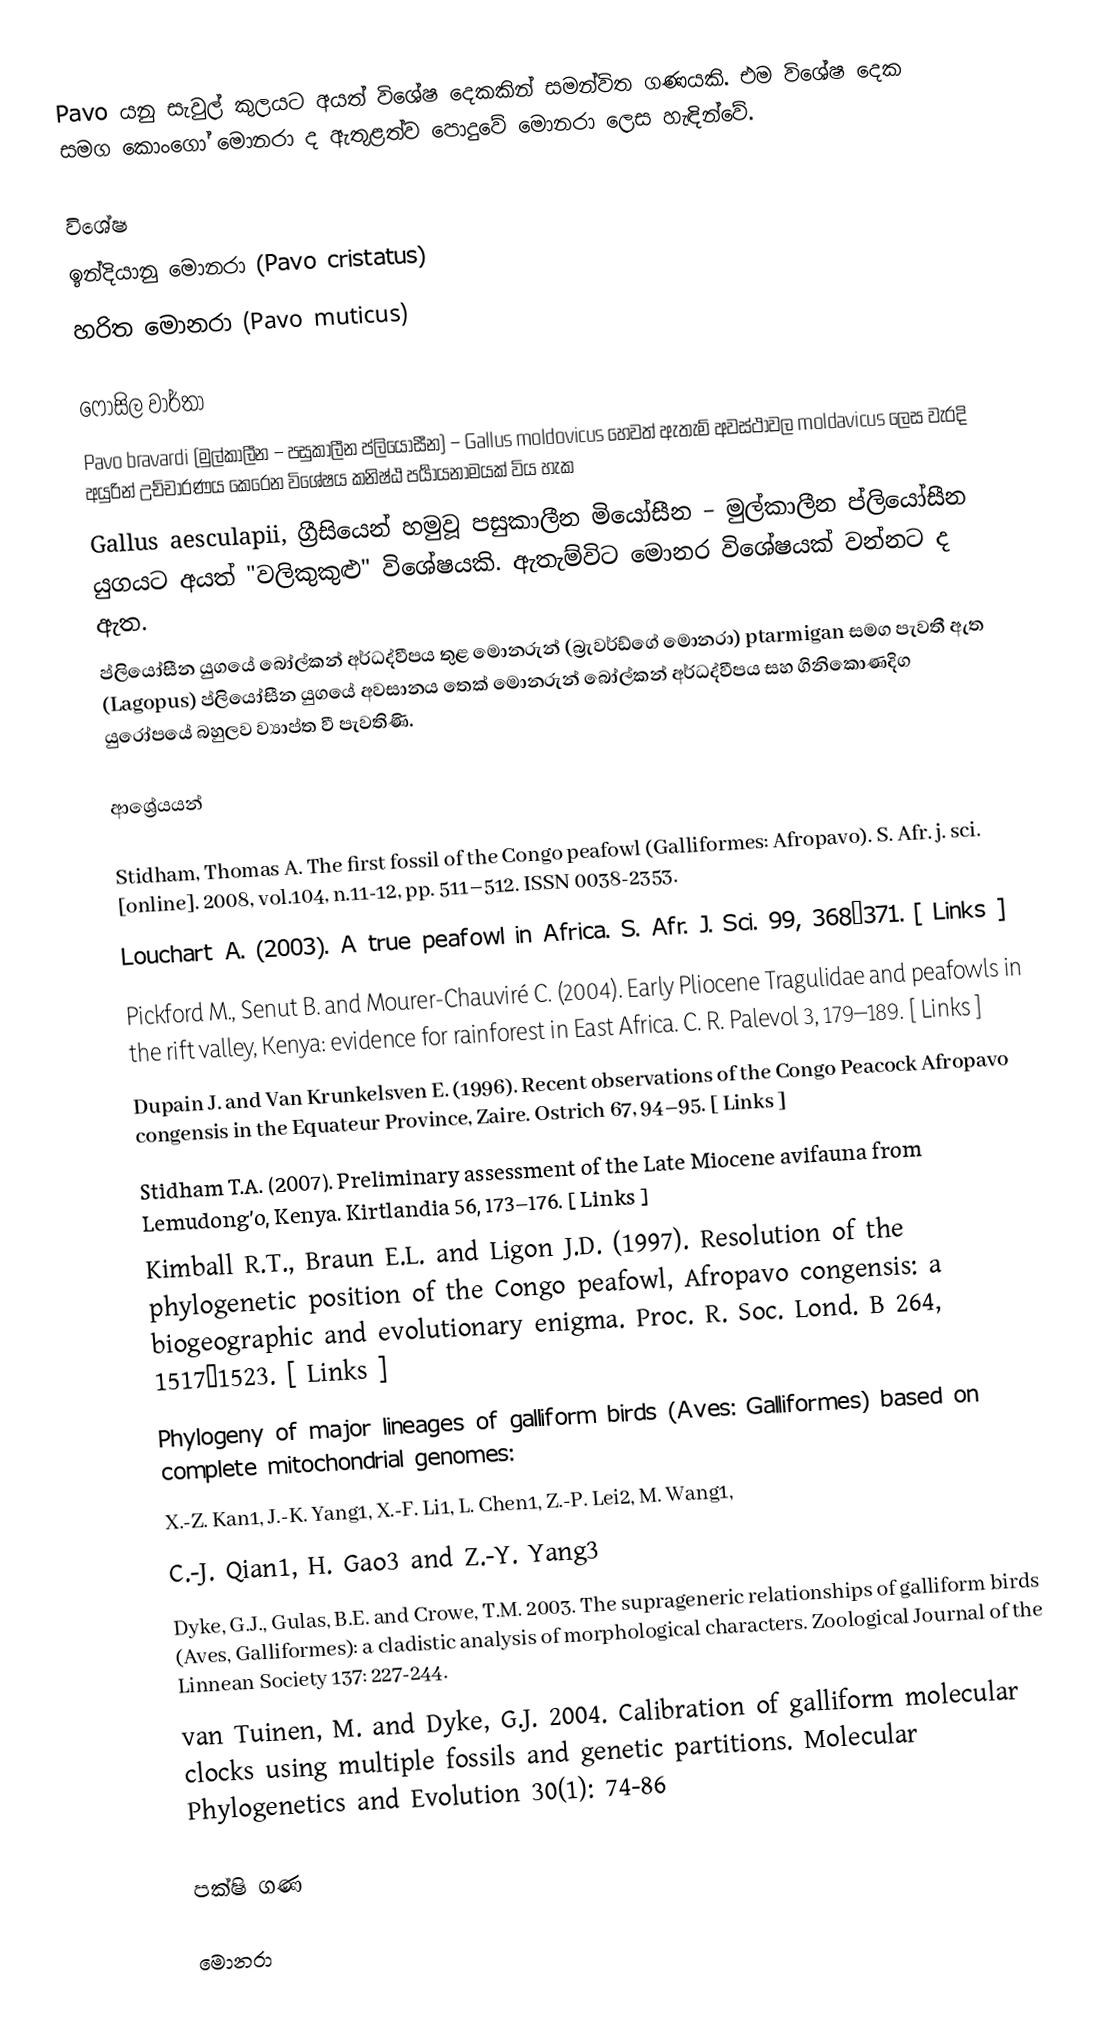
Pavo යනු සැවුල් කුලයට අයත් විශේෂ දෙකකින් සමන්විත ගණයකි. එම විශේෂ දෙක සමග කොංගෝ මොනරා ද ඇතුළත්ව පොදුවේ මොනරා ලෙස හැඳින්වේ.

විශේෂ
 ඉන්දියානු මොනරා (Pavo cristatus)
 හරිත මොනරා (Pavo muticus)

ෆොසිල වාර්තා
 Pavo bravardi (මුල්කාලීන – පසුකාලීන ප්ලියෝසීන) – Gallus moldovicus හෙවත් ඇතැම් අවස්ථාවල moldavicus ලෙස වැරදි අයුරින් උච්චාරණය කෙ‍රෙන විශේෂය කනිෂ්ඨ පර්‍යායනාමයක් විය හැක
 Gallus aesculapii, ග්‍රීසියෙන් හමුවූ පසුකාලීන මියෝසීන – මුල්කාලීන ප්ලියෝසීන යුගයට අයත් "වලිකුකුළු" විශේෂයකි. ඇතැම්විට මොනර විශේෂයක් වන්නට ද ඇත.
ප්ලියෝසීන යුගයේ බෝල්කන් අර්ධද්වීපය තුළ මොනරුන් (බ්‍රැවර්ඩ්ගේ මොනරා) ptarmigan සමග පැවතී ඇත (Lagopus) ප්ලියෝසීන යුගයේ අවසානය තෙක් මොනරුන් බෝල්කන් අර්ධද්වීපය සහ ගිනිකොණදිග යුරෝපයේ බහුලව ව්‍යාප්ත වී පැවතිණි.

ආශ්‍රේයයන්

 Stidham, Thomas A. The first fossil of the Congo peafowl (Galliformes: Afropavo). S. Afr. j. sci. [online]. 2008, vol.104, n.11-12, pp. 511–512. ISSN 0038-2353.
 Louchart A. (2003). A true peafowl in Africa. S. Afr. J. Sci. 99, 368–371. [ Links ]
 Pickford M., Senut B. and Mourer-Chauviré C. (2004). Early Pliocene Tragulidae and peafowls in the rift valley, Kenya: evidence for rainforest in East Africa. C. R. Palevol 3, 179–189. [ Links ]
 Dupain J. and Van Krunkelsven E. (1996). Recent observations of the Congo Peacock Afropavo congensis in the Equateur Province, Zaire. Ostrich 67, 94–95. [ Links ]
 Stidham T.A. (2007). Preliminary assessment of the Late Miocene avifauna from Lemudong'o, Kenya. Kirtlandia 56, 173–176. [ Links ]
 Kimball R.T., Braun E.L. and Ligon J.D. (1997). Resolution of the phylogenetic position of the Congo peafowl, Afropavo congensis: a biogeographic and evolutionary enigma. Proc. R. Soc. Lond. B 264, 1517–1523. [ Links ]
 Phylogeny of major lineages of galliform birds (Aves: Galliformes) based on complete mitochondrial genomes:
 X.-Z. Kan1, J.-K. Yang1, X.-F. Li1, L. Chen1, Z.-P. Lei2, M. Wang1,
 C.-J. Qian1, H. Gao3 and Z.-Y. Yang3
 Dyke, G.J., Gulas, B.E. and Crowe, T.M. 2003. The suprageneric relationships of galliform birds (Aves, Galliformes): a cladistic analysis of morphological characters. Zoological Journal of the Linnean Society 137: 227-244.
 van Tuinen, M. and Dyke, G.J. 2004. Calibration of galliform molecular clocks using multiple fossils and genetic partitions. Molecular Phylogenetics and Evolution 30(1): 74-86

පක්ෂි ගණ

මොනරා